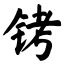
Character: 铐